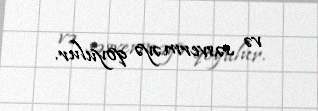
və səsverməyə qoyulur.